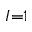
I { = } 1